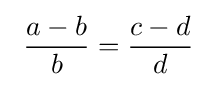
\ {\dfrac {a-b}{b}}={\dfrac {c-d}{d}}